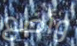
وأضع